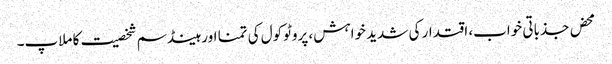
محض جذباتی خواب، اقتدار کی شدید خواہش، پروٹوکول کی تمنا اور ہینڈسم شخصیت کا ملاپ۔